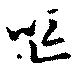
嘔